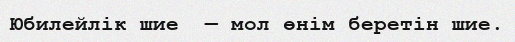
Юбилейлік шие  — мол өнім беретін шие.